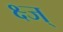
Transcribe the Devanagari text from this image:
क्ष्ज्